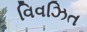
વિવઝિત